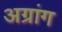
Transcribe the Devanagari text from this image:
अग्रांग